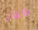
ظهر